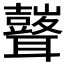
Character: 𮋾